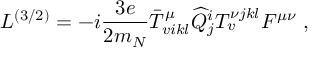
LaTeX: { \cal L } ^ { ( 3 / 2 ) } = - i { \frac { 3 e } { 2 m _ { N } } } \bar { T } _ { v i k l } ^ { \mu } { \widehat Q } _ { j } ^ { i } T _ { v } ^ { \nu j k l } F ^ { \mu \nu } \ ,